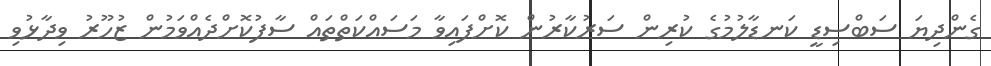
ގެންދިޔަ ސަބްސިޑީ ކަނޑާލުމުގެ ކުރިން ސަރުކާރުން ކޮށްފައިވާ މަސައްކަތްތައް ސާފުކޮށްދެއްވަމުން ޒުހޫރު ވިދާޅުވި